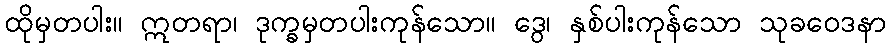
ထိုမှတပါး။ ဣတရာ၊ ဒုက္ခမှတပါးကုန်သော။ ဒွေ၊ နှစ်ပါးကုန်သော သုခဝေဒနာ